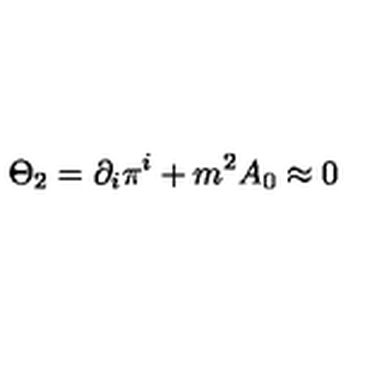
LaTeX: \Theta _ { 2 } = \partial _ { i } \pi ^ { i } + m ^ { 2 } A _ { 0 } \approx 0